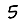
Digit: 5